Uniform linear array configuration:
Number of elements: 8
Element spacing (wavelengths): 0.25
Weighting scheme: blackman
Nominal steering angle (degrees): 15
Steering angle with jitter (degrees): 16.41
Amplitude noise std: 0.05
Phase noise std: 0.05

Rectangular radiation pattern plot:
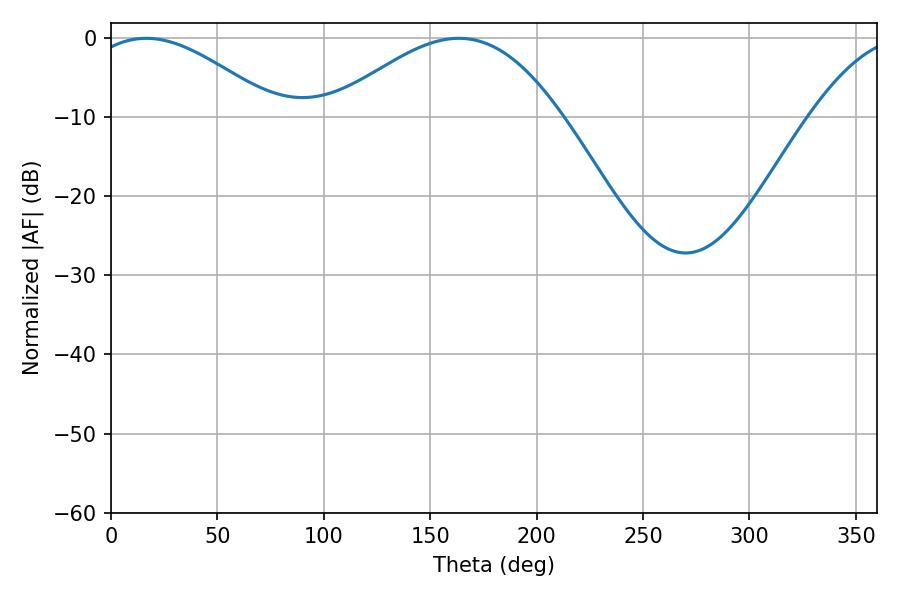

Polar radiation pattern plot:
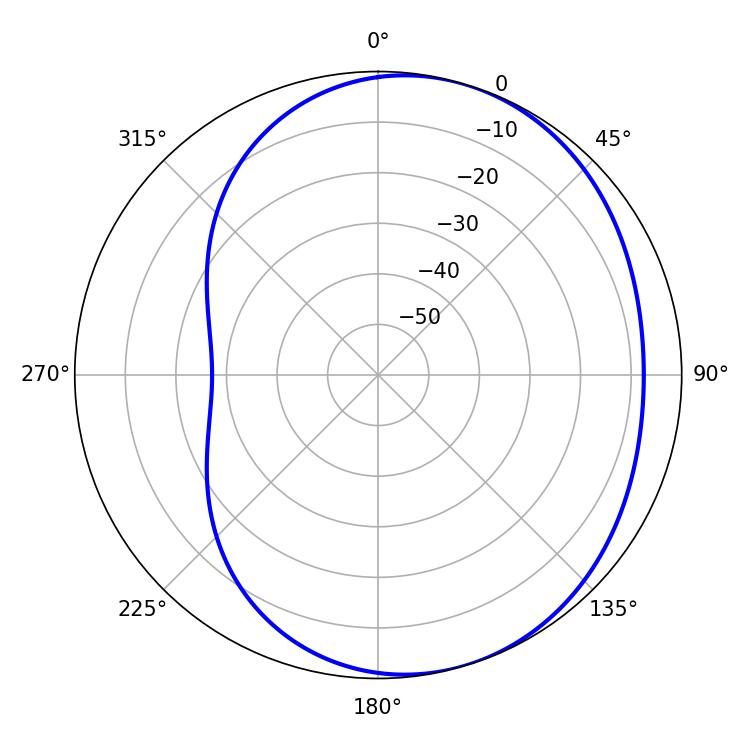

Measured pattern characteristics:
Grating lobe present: FALSE
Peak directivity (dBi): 4.149
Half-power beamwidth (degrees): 48.42
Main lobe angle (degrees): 16.56